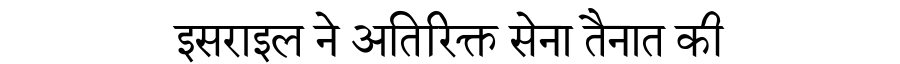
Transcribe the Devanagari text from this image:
इसराइल ने अतिरिक्त सेना तैनात की